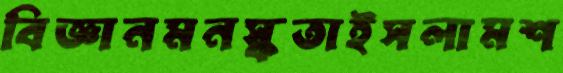
বিজ্ঞানমনস্কতাইসলামশ